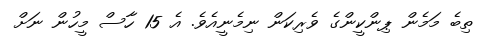
ތިބެ މަމެން ޕިންކީންގެ ވެރިކަން ނިމެނީއެވެ. އެ 15 ހާސް މީހުން ނަށް